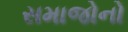
સમાજોનો